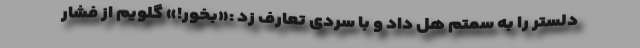
دلستر را به سمتم هل داد و با سردی تعارف زد :«بخور!» گلویم از فشار